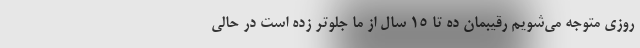
روزی متوجه می‌شویم رقیبمان ده تا 15 سال از ما جلوتر زده است در حالی